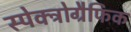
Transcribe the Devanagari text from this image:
स्पेक्ट्रोग्रैफिक